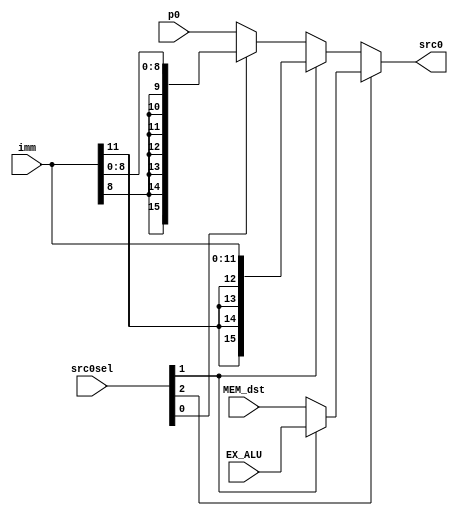
////////////////////////////////////////////////////////////////////////////////
// Source 0 Mux                                                               //
// Andrew Gailey and Zach York                                                //
////////////////////////////////////////////////////////////////////////////////
module SRC0_MUX(src0, imm, p0, EX_ALU, MEM_dst, src0sel);
input [2:0]src0sel;                      // Input select
input [15:0] p0, EX_ALU, MEM_dst;        // Src1 read from reg file, pc + 1, or forwards
input [11:0] imm;                        // Immediate to be sign extended
output [15:0] src0;                      // Mux output

// Select ALU SRC0
assign src0 = src0sel[2] ? (src0sel[1] ? EX_ALU                                     // Forward from next
                                       : MEM_dst)                                   // Forward from 2nd next
                         : (src0sel[1] ? ({{4{imm[11]}}, imm[11:0]})                // 12 bit immediate
                                       : (src0sel[0] ? {{7{imm[8]}}, imm[8:0]}      // 9 bit immediate
                                                     : p0));                        // Register value

endmodule